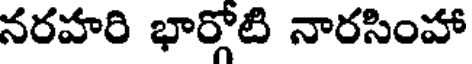
నరహరి భార్గోటి నారసింహా